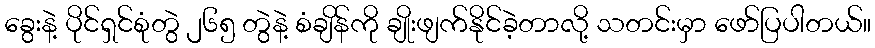
ခွေးနဲ့ ပိုင်ရှင်စုံတွဲ ၂၆၅ တွဲနဲ့ စံချိန်ကို ချိုးဖျက်နိုင်ခဲ့တာလို့ သတင်းမှာ ဖော်ပြပါတယ်။